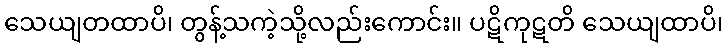
သေယျတထာပိ၊ တွန့်သကဲ့သို့လည်းကောင်း။ ပဋိကုဋတိ သေယျထာပိ၊